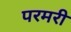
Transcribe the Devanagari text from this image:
परमरी